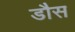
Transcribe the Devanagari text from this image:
डौस